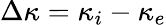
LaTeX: \Delta\kappa=\kappa_{i}-\kappa_{e}